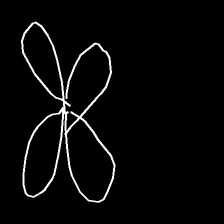
Glyph: billowing